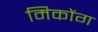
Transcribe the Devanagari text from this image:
मिकोंग